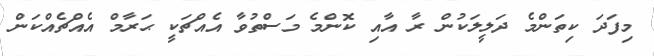
މިފަދަ ކިތަންމެ ދަލީލަކުން ރާ އާއި ކޮންމެ މަސްތުވާ އެއްޗަކީ ޙަރާމް އެއްޗެއްކަން